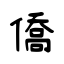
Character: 僑